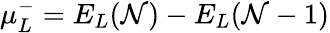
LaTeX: \mu_{L}^{-}=E_{L}(\mathcal{N})-E_{L}(\mathcal{N}-1)